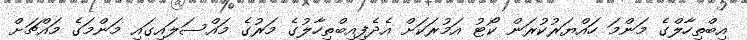
އިބްތިހާލްގެ މަންމަ ހައްޔަރުކުރަން ކޯޓު އަމުރަކަށް އެދެފިއިބްތިހާލުގެ މަރުގެ މައްސަލައިގައި މަންމަގެ މައްޗަށް